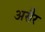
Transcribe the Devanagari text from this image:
असैर